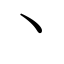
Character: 丶